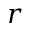
r